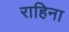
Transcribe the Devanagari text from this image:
राहिना